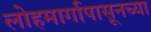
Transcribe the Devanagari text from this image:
लोहमार्गापासूनच्या